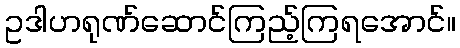
ဥဒါဟရုဏ်ဆောင်ကြည့်ကြရအောင်။